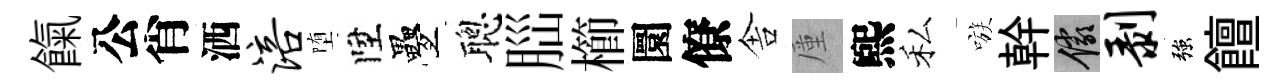
餼公肖洒涪堕陞疊聰𦛁櫛圜僚舎厪煕私嗾幹儼剥強饘